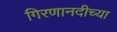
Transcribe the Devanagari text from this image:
गिरणानदीच्या